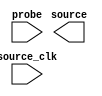
module ISSP (
	probe,
	source_clk,
	source);	

	input	[61:0]	probe;
	input		source_clk;
	output	[92:0]	source;
endmodule